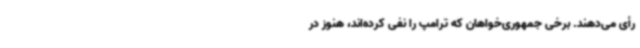
رأی می‌دهند. برخی جمهوری‌خواهان که ترامپ را نفی کرده‌اند، هنوز در